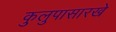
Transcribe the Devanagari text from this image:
कुलुपासारखे